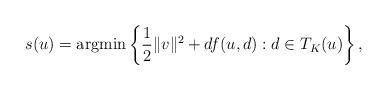
LaTeX: \begin{align*}s(u)= \mbox{\rm argmin} \left\{ \frac{1}{2} \| v \|^2 + df(u,d) : d\in T_K(u) \right\},\end{align*}